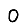
Digit: 0